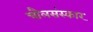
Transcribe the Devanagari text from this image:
चौलसंस्कार